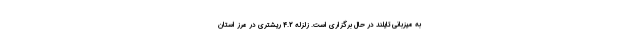
به میزبانی تایلند در حال برگزاری است. زلزله 4.2 ریشتری در مرز استان